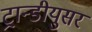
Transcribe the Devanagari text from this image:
ट्रान्डीयुसर